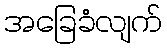
အခြေခံလျက်